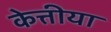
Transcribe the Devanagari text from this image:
केत्तीया